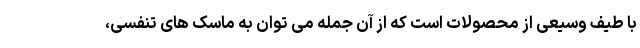
با طیف وسیعی از محصولات است که از آن جمله می توان به ماسک های تنفسی،